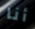
أنا